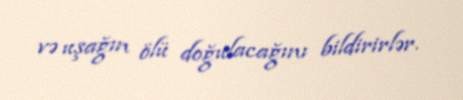
və uşağın ölü doğulacağını bildirirlər.